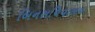
બિનસચિવાલય